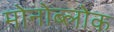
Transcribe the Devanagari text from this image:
मोनोब्लोक